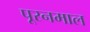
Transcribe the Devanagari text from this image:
पूरनमाल